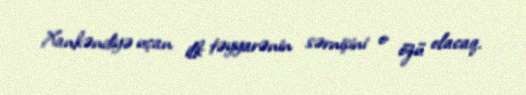
Xankəndiyə uçan ilk təyyarənin sərnişini o özü olacaq.